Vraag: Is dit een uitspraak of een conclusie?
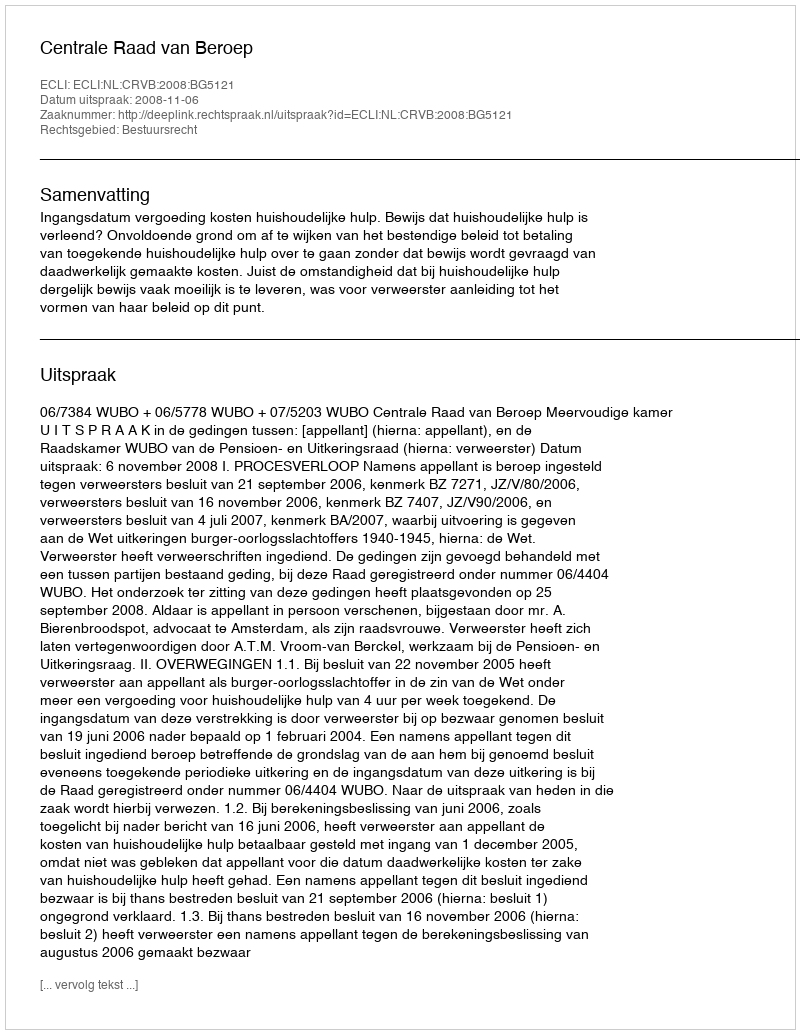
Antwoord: Uitspraak